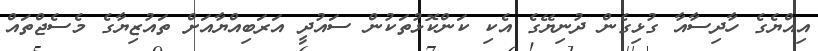
އިއްޔެގެ ހާދިސާއާ ގުޅިގެން ދުނިޔޭގެ އެކި ކަންކޮޅުތަކުން ސައުދީ އަރަބިއްޔާއަށް ތައުޒިޔާގެ މެސެޖްތައް